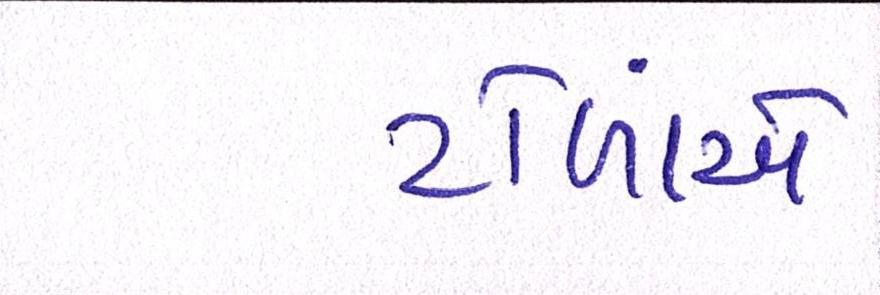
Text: ટોળાંએ